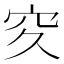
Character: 𥤯